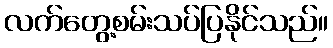
လက်တွေ့စမ်းသပ်ပြနိုင်သည်။